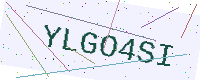
Text: YLGO4SI